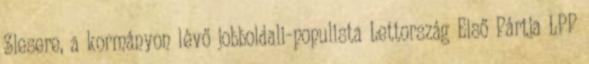
Slesere, a kormányon lévő jobboldali-populista Lettország Első Pártja LPP